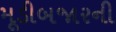
મૂડીબજારની